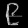
Digit: ၉